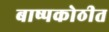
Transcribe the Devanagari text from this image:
बाष्पकोठीत